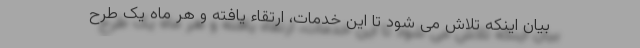
بیان اینکه تلاش می شود تا این خدمات، ارتقاء یافته و هر ماه یک طرح